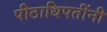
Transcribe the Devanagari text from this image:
पीठाधिपतींनी